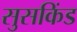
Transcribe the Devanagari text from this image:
सुसकिंड